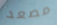
مصعد